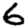
Digit: 6